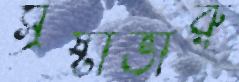
স্রষ্টাভীরু